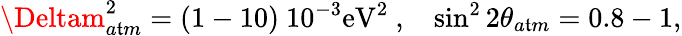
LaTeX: \Deltam_{a\mathfrak{t}m}^{2}=(1-10)~10^{-3}\mathrm{{eV}}^{2}~,~~~\sin^{2}2\theta_{a\mathfrak{t}m}=0.8-1,